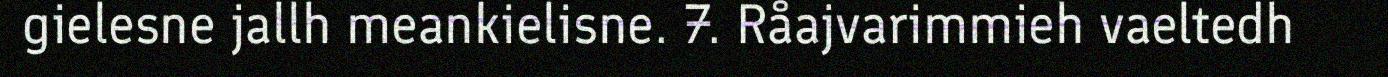
gielesne jallh meankielisne. 7. Råajvarimmieh vaeltedh